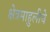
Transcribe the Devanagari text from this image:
क्षेत्रमाहुलीचे